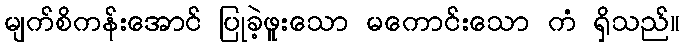
မျက်စိကန်းအောင် ပြုခဲ့ဖူးသော မကောင်းသော ကံ ရှိသည်။